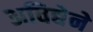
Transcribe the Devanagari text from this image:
अविद्येने